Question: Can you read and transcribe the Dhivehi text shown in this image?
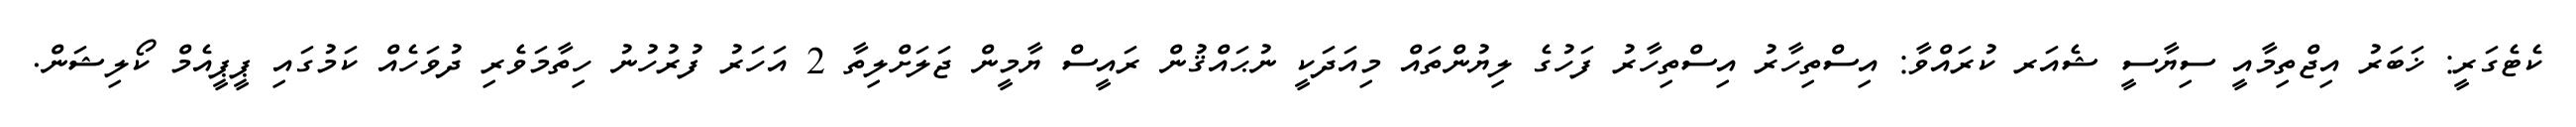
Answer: ކެޓެގަރީ: ޚަބަރު އިޖްތިމާއީ ސިޔާސީ ޝެއަރ ކުރައްވާ: އިސްތިހާރު އިސްތިހާރު ފަހުގެ ލިޔުންތައް މިއަދަކީ ނުޙައްޤުން ރައީސް ޔާމީން ޖަލަށްލިތާ 2 އަހަރު ފުރުހުނު ހިތާމަވެރި ދުވަހެއް ކަމުގައި ޕީޕީއެމް ކޯލިޝަން.